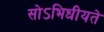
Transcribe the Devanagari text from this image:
सोऽभिधीयते